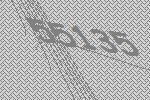
55135